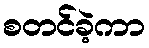
စတင်ခဲ့ကာ